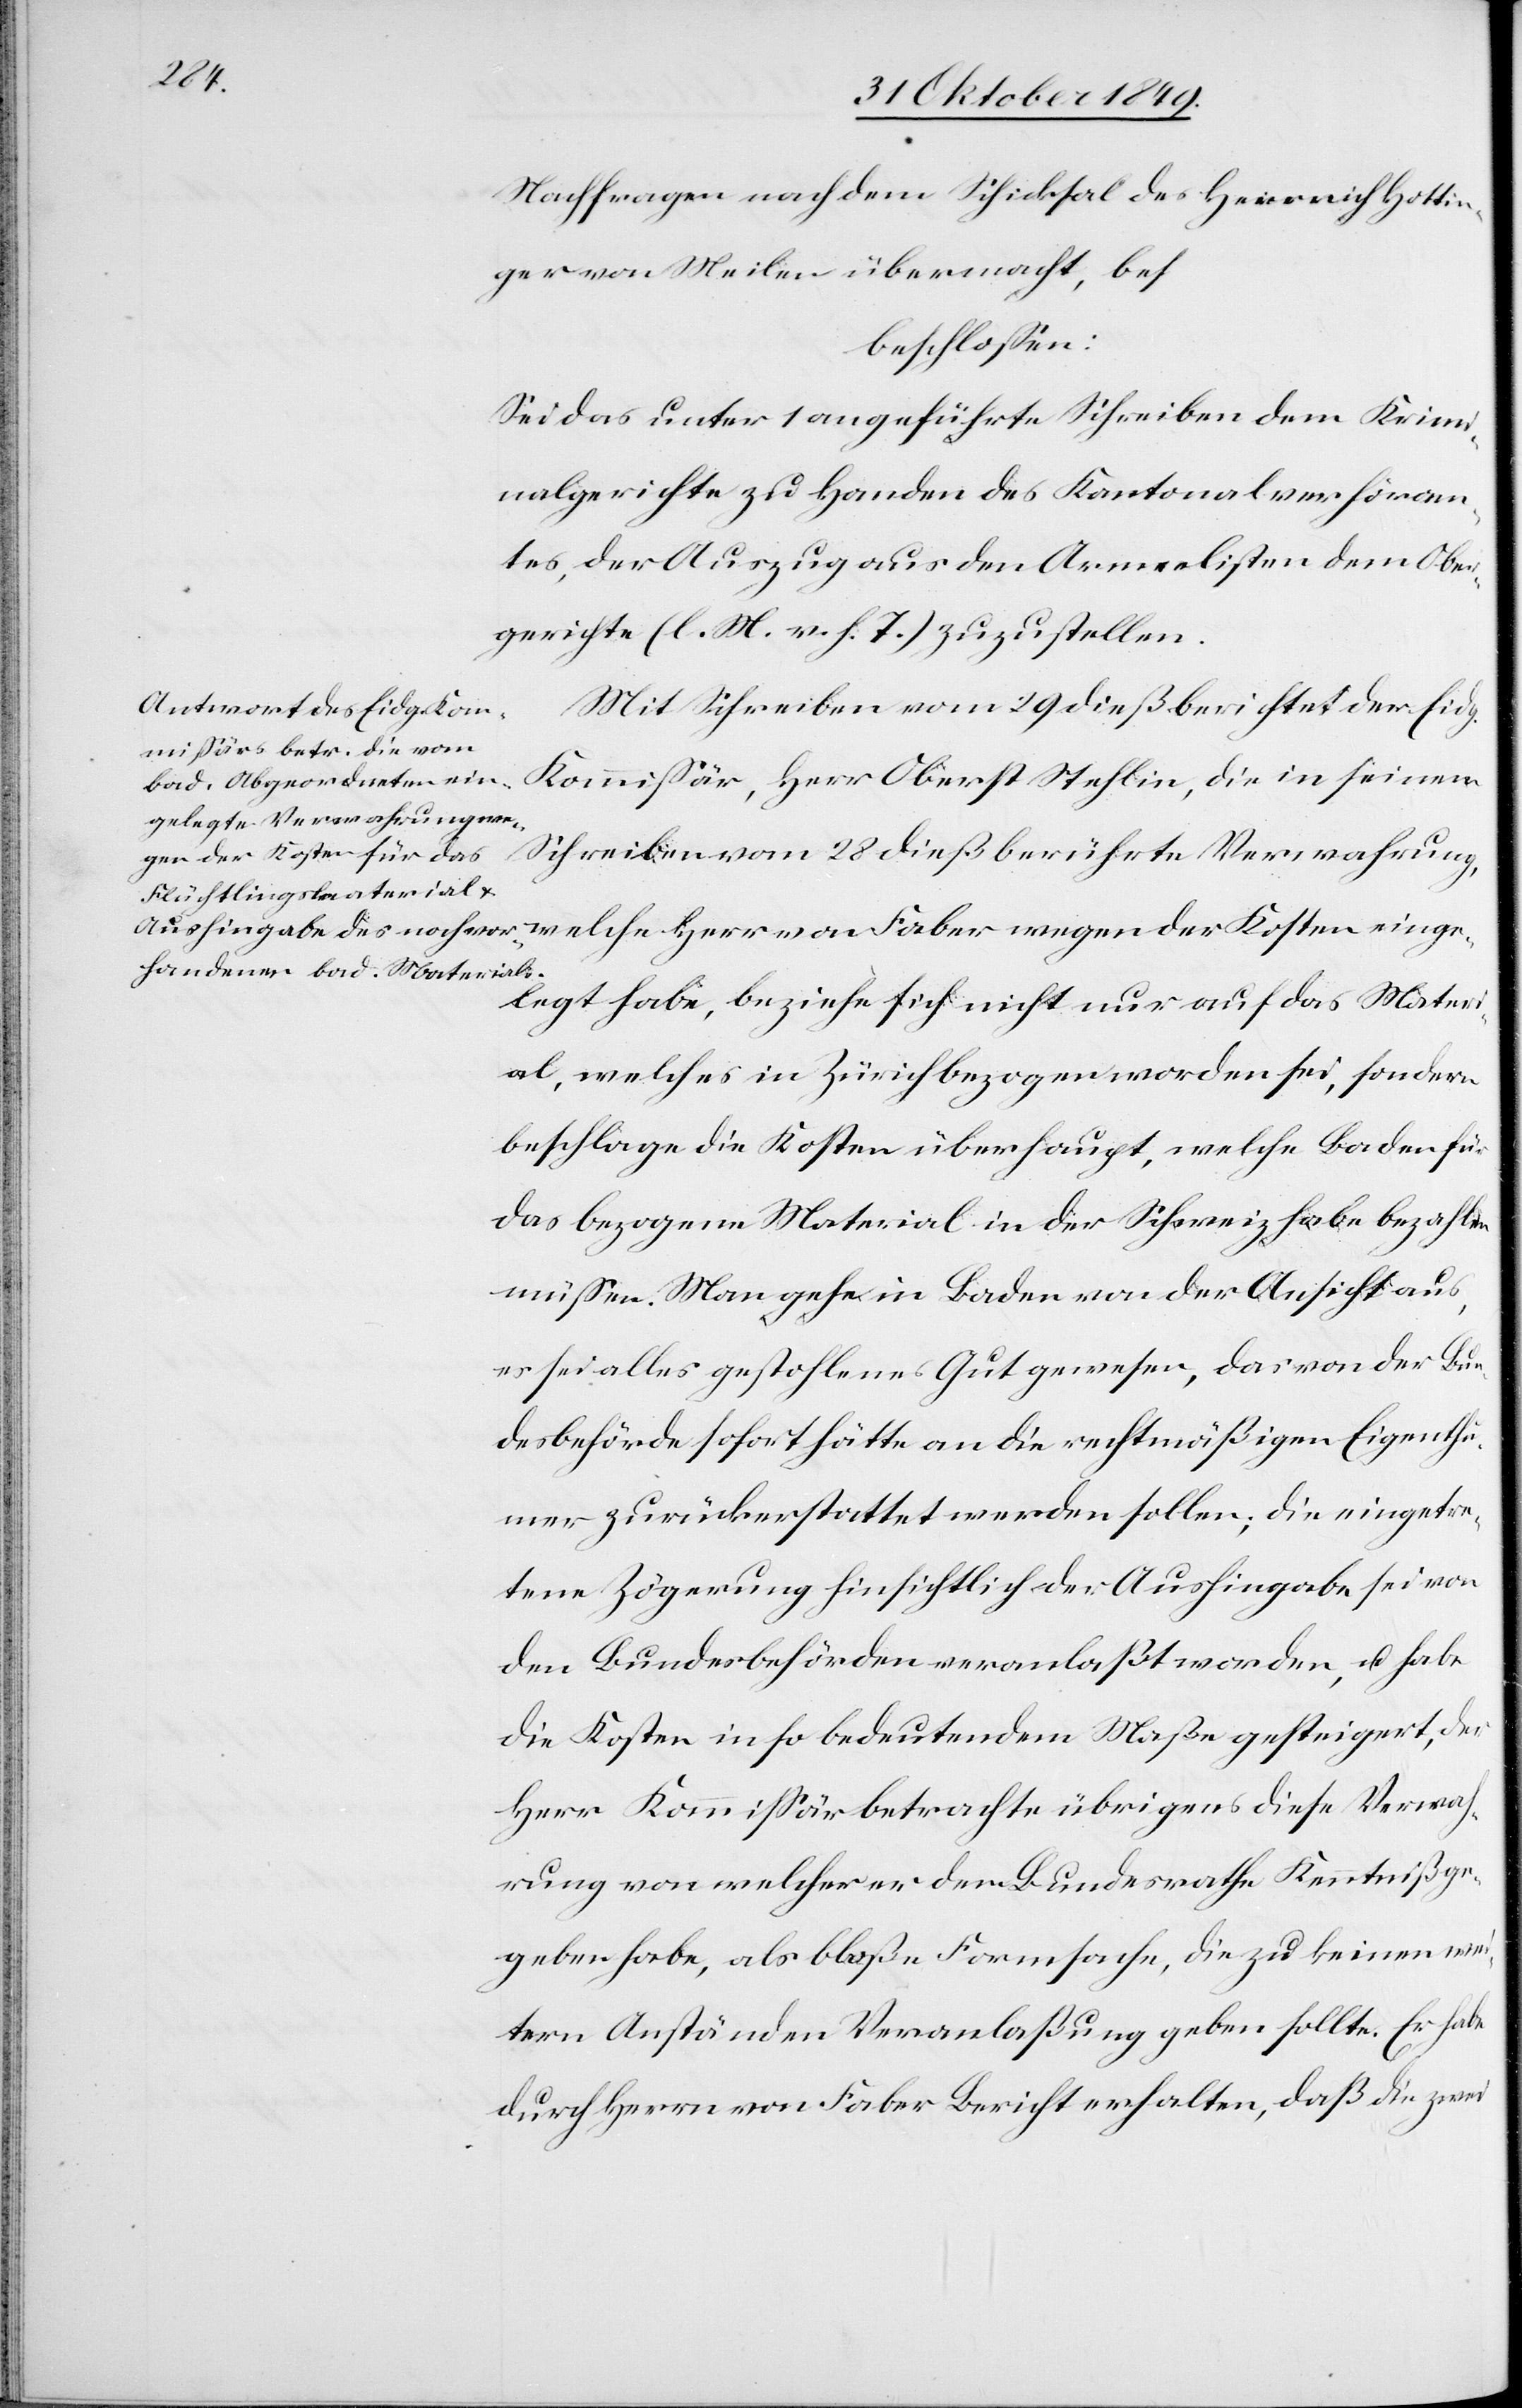
einge¬
Nachfragen nachdem Schicksal des Heinrich Hottin¬
ger von Meilen übermacht, bes.
beschloßen:
Sei das unter 1 angeführte Schreiben dem Krim¬
inalgerichte zu Handen des Kantonalverhöram¬
tes, der Auszug aus den Armeelisten dem Ober¬
gerichte [l. M. v. h. T] zuzustellen.
Mit Schreiben vom 29 dieß berichtet der Eidg.
Komißär, Herr Oberst Stehlin, die in seinem
Schreiben vom 28 dieß berührte Verwahrung,
legt habe, beziehe sich nicht nur auf das Materi¬
al, welches in Zürich bezogen worden sei, sondern
beschlage die Kosten überhaupt, welche Baden für
das bezogene Material in der Schweiz habe bezahlen
müßen. Man gehe in Baden von der Ansicht aus,
es sei alles gestohlenes Gut gewesen, das von der Bun¬
desbehörde sofort hätte an die rechtmäßigen Eigenthü¬
mer zurückerstattet werden sollen; die eingetre¬
tene Zögerung hinsichtlich de Aushingabe sei von
den Bundesbehörden veranlaßt worden, u. habe
die Kosten in so bedeutendem Maße gesteigert, der
Herr Kommißär betrachte übrigens diese Verwah¬
rung von welcher er dem Bundesrathe Kenntniß ge¬
geben habe, als bloße Formsache, die zu keinen wei¬
tern Anständen Veranlaßung geben sollte. Er habe
durch Herrn von Faber Bericht erhalten, daß die zwei